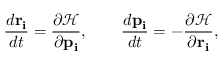
{ \frac { d \mathbf { r _ { i } } } { d t } } = { \frac { \partial { \mathcal { H } } } { \partial \mathbf { p _ { i } } } } , \qquad { \frac { d \mathbf { p _ { i } } } { d t } } = - { \frac { \partial { \mathcal { H } } } { \partial \mathbf { r _ { i } } } } ,